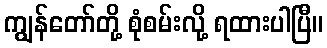
ကျွန်တော်တို့ စုံစမ်းလို့ ရထားပါပြီ။